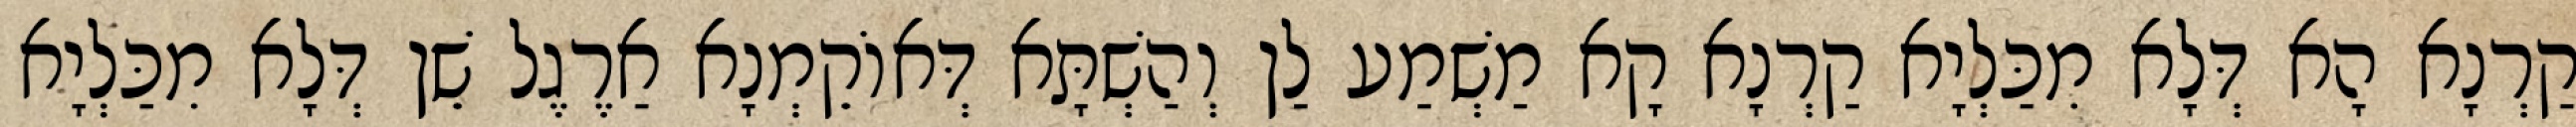
קַרְנָא הָא דְּלָא מִכַּלְיָא קַרְנָא קָא מַשְׁמַע לַן וְהַשְׁתָּא דְּאוֹקֵמְנָא אַרֶגֶל שֵׁן דְּלָא מִכַּלְיָא